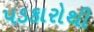
પડકારોથી